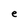
Character: e